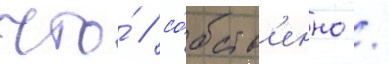
что́ / со́бств'енно /